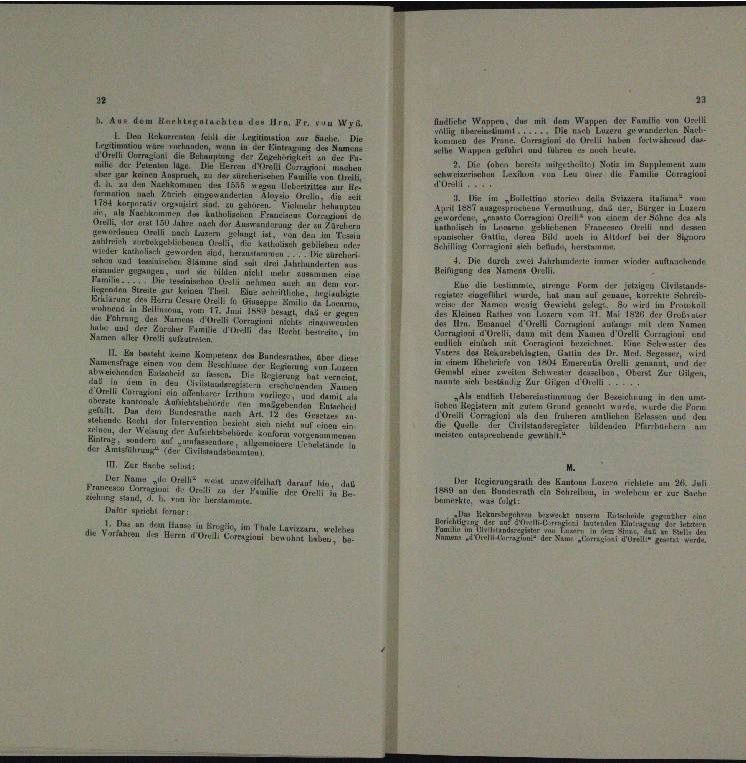
Wappen den mit dem Wappen der Familie von Grell
b. Aus dem Kanalen des Hrn. Fr. v. Wyß.
uharre
Luzern

ium zur Gürte.

n

x des

e
u
2. Ihr fahre Herst mitgetheilte Bem Supplement zur

u
die von de

gee mit
a

Marien den Sinnern Station“ v
n

u
e
HALLE
d

 . . .
i
i

.

u
u
n
wellen, den in der
 e der
un
 treten eine eine an die Bolle, Messen min.
Ainch geb.

r

Die durch zwei Fahrhundest immer wieder auftauchende
e
Heiligung der Gemeine die

1 einer Zusamme

Kur die Bestimme, al
vilstands-
Form der jetzi
wie der eine einen
u
u auf genaus, Kirch

n
e
u
der K
a
n
de

ee an die

e
.
n
eanla

u

dauer
u
.

a
t

IE   des Bundesrath, aber dieser

 Eierenten Breiti

unter
n
n

u

e in der

emlich stimmung der nun in den un
n

iehen                                            und gemacht würde, wurde die Perm
u

u
e

n

u den der eine an der
.
a
uung der einen
.
ar von
ementen der eine

.
.
III. Der Sache Blunt
Der Kann alle Grellt unzweifelhaft darauf lo,
Der Regierungsrath den Kunerun
chler um 24

r in d

i
enen der Be

Infer spricht ferner
Lrkurs
Eher eine
u
.
l. Das an den Hause zu Ergie im Thale Lavizzarn, welches
a
ahten des Herrn Nord

¬
b

Herrn Karl
s